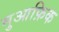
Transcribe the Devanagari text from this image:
मुआफ़िक